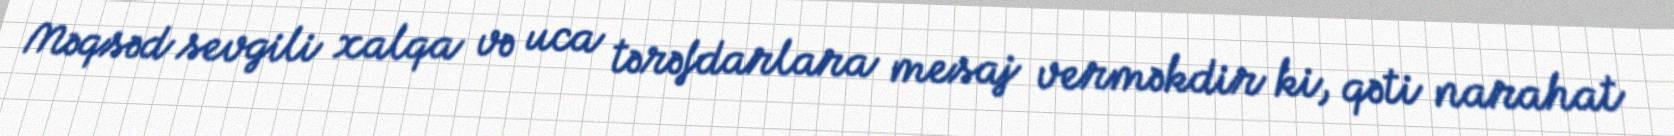
Məqsəd sevgili xalqa və uca tərəfdarlara mesaj verməkdir ki, qəti narahat